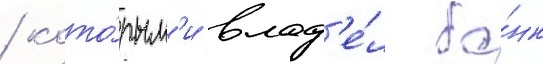
/ кото́рым'и влад'е́л ба́нк